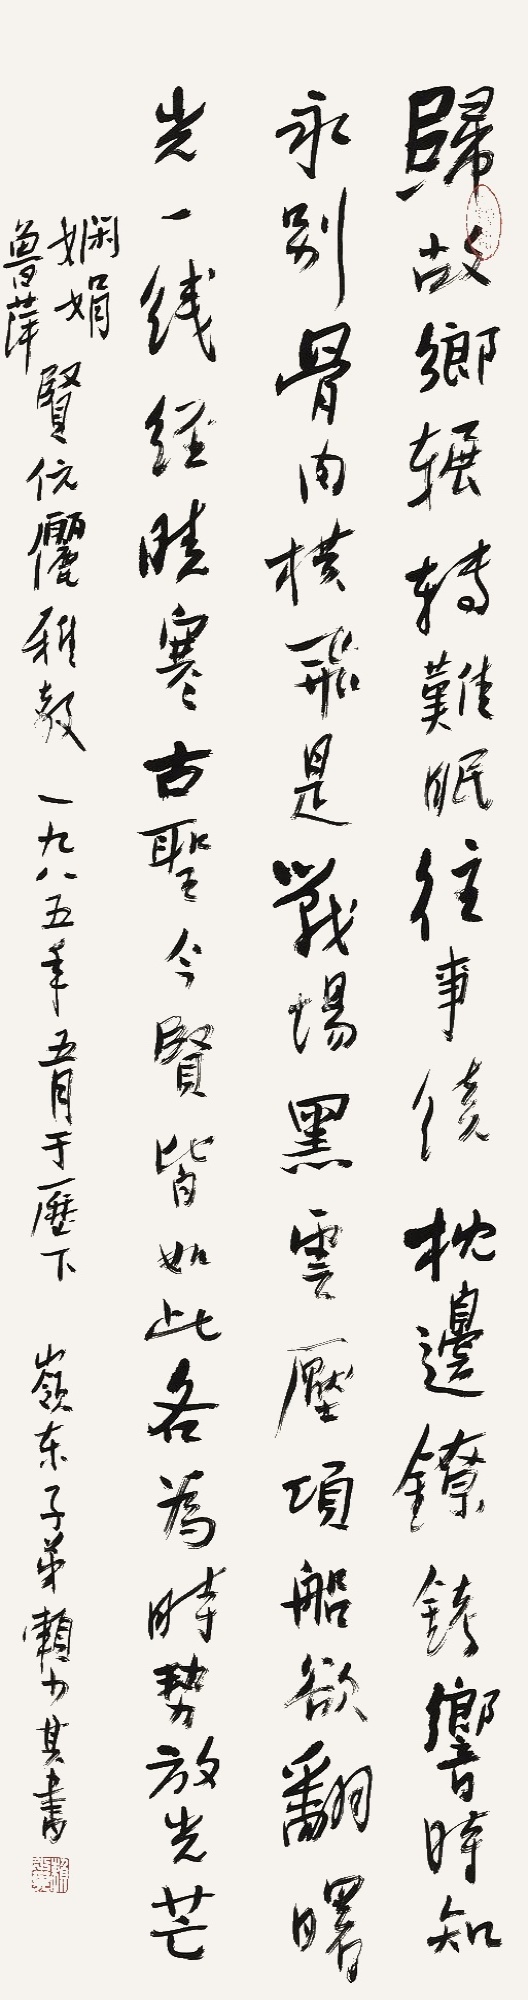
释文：归故乡辗转难眠，往事绕枕边。镣铐响时知永别，骨肉横飞是战场。黑云压顶船欲翻。曙光一线经晓寒，古圣先贤皆如此，各为时势放光芒。娴娟、鲁萍贤伉俪雅教，一九八五年五月于历下，岭东子弟赖少其书。